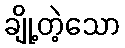
ချို့တဲ့သော